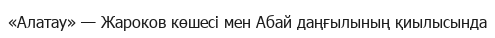
«Алатау» — Жароков көшесі мен Абай даңғылының қиылысында